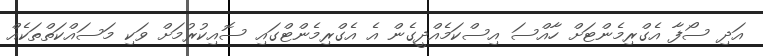
އަދި ސޯފާ އެގްރިމެންޓަށް ހާއްސަ އިސްކަމެއްދީގެން އެ އެގްރިމެންޓްގައި ސޮއިކުރުމަށް ވަކި މަސައްކަތްތަކެއް